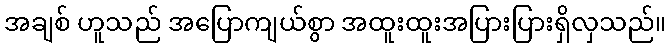
အချစ် ဟူသည် အပြောကျယ်စွာ အထူးထူးအပြားပြားရှိလှသည်။